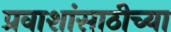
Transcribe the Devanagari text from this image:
प्रवाशांसाठीच्या